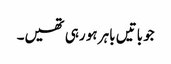
جو باتیں باہر ہو رہی تھیں۔